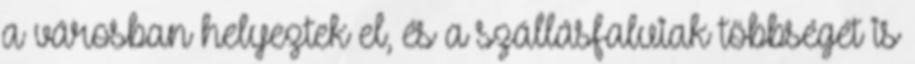
a városban helyeztek el, és a szállásfaluiak többségét is